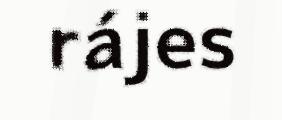
rájes